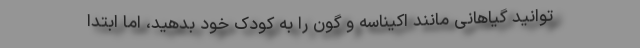
توانید گیاهانی مانند اکیناسه و گون را به کودک خود بدهید، اما ابتدا